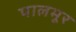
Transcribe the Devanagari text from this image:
पालमूर